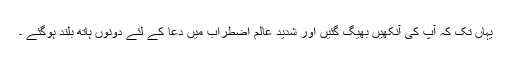
یہاں تک کہ آپ کی آنکھیں بھیگ گئیں اور شدید عالمِ اضطراب میں دعا کے لئے دونوں ہاتھ بلند ہوگئے ۔